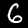
Label: 6